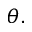
\theta .